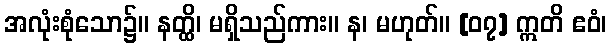
အလုံးစုံသော၌။ နတ္ထိ၊ မရှိသည်ကား။ န၊ မဟုတ်။ [၀၇] ဣတိ ဧဝံ၊